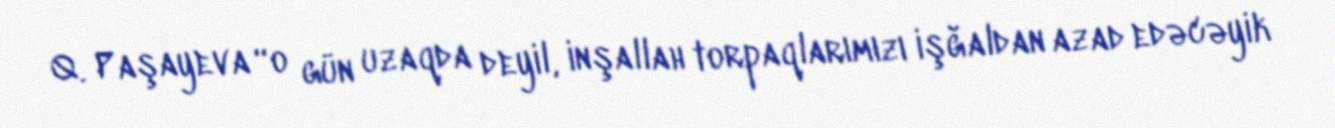
Q. Paşayeva “o gün uzaqda deyil, inşallah torpaqlarımızı işğaldan azad edəcəyik